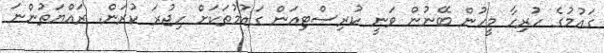
ގައުމުގެ ހުރިހާ މީހުން ބޭނުން ވަނީ ކުރިސްޓިއަން ގައުމުތަކަށް ހިޖުރަ ކުރަން. ރައްޔަތުންނަ